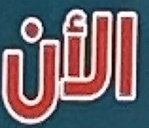
الأن